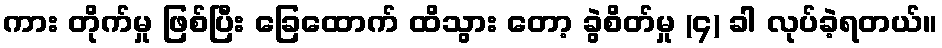
ကား တိုက်မှု ဖြစ်ပြီး ခြေထောက် ထိသွား တော့ ခွဲစိတ်မှု (၄) ခါ လုပ်ခဲ့ရတယ်။